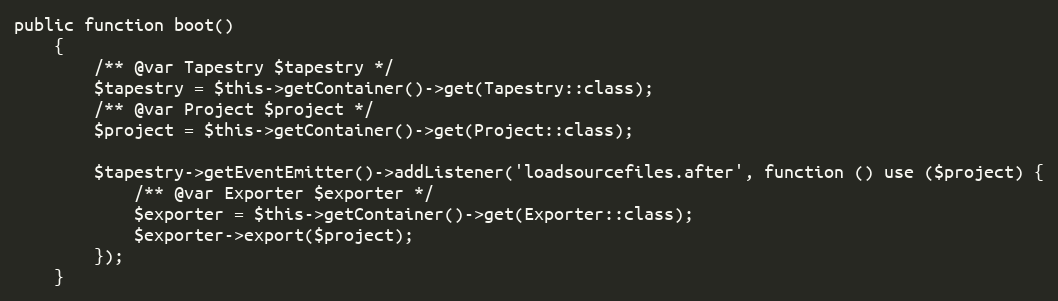
Language: PHP
public function boot()
    {
        /** @var Tapestry $tapestry */
        $tapestry = $this->getContainer()->get(Tapestry::class);
        /** @var Project $project */
        $project = $this->getContainer()->get(Project::class);

        $tapestry->getEventEmitter()->addListener('loadsourcefiles.after', function () use ($project) {
            /** @var Exporter $exporter */
            $exporter = $this->getContainer()->get(Exporter::class);
            $exporter->export($project);
        });
    }